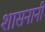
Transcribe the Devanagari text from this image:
शासनानी